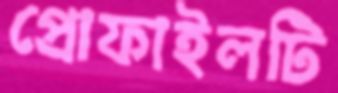
প্রোফাইলটি